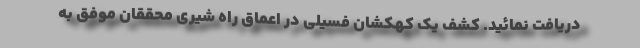
دریافت نمائید. کشف یک کهکشان فسیلی در اعماق راه شیری محققان موفق به